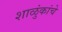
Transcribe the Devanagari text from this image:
शाळुंकांचे